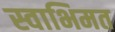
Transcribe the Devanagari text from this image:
स्वाभिमत